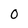
Character: 0